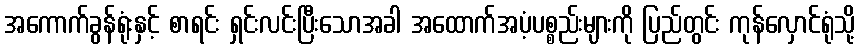
အကောက်ခွန်ရုံးနှင့် စာရင်း ရှင်းလင်းပြီးသောအခါ အထောက်အပံ့ပစ္စည်းများကို ပြည်တွင်း ကုန်လှောင်ရုံသို့